Vaccination in Bombay 1924-1928 - 1924-1928
Year: 1924
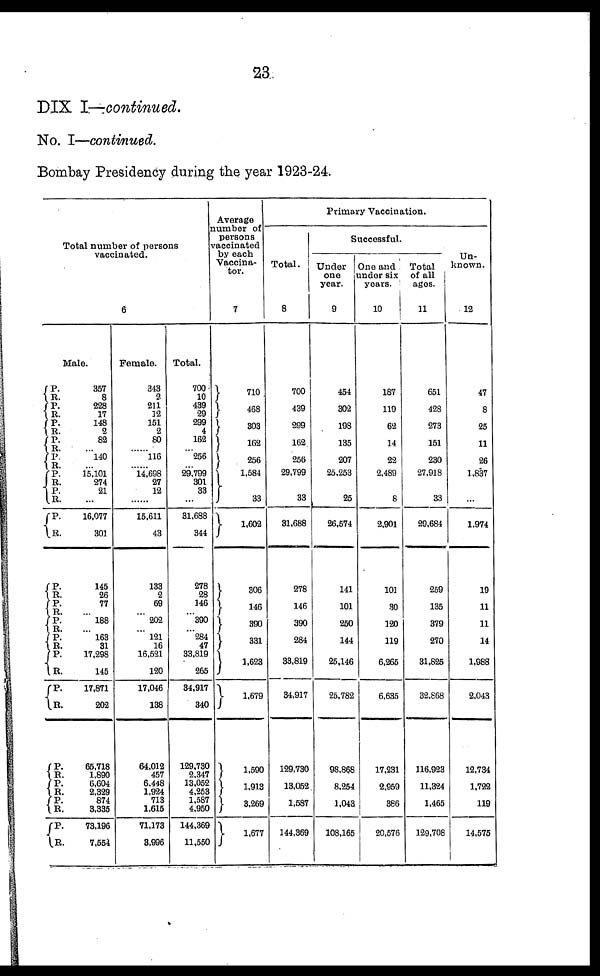
23
DIX I—continued.
No. I—continued.
Bombay Presidency during the year 1923-24.
Total number of persons
vaccinated.
6
Male.
P.
R.
P.
R.
P. R.
P.
R.
P. R.
P.
R.
P.
R.
P. R.
P.
R.
P.
R.
P.
R.
P.
R.
P. R.
P. R.
P.
R.
P.
R.
P.
R.
P.
R.
357
8
228
17
148
2
82
...
140
...
15,101
274
21
...
16,077
301
145
26
77
...
188
...
163
31
17,298
145
17,871
202
65,718
1,890
6,604
2,329
874
3,335
73,196
7,554
Female.
343
2
211
12
151
2
80
...
116
...
14,698
27
12
...
15,611
43
133
2
69
...
202
...
121
16
16,521
120
17,046
138
64,012
457
6,448
1,924
713
1,615
71,173
3,996
Total.
700
10
439
29
299
4
162
...
256
...
29,799
301
33
...
31,688
344
278
28
146
...
390
...
284
47
33,819
265
34,917
340
129,730
2,347
13,052
4,253
1,587
4,950
144,369
11,550
Average
number of
persons
vaccinated
by each
Vaccina-
tor.
7
710
468
303
162
256
1,584
33
1,602
306
146
390
331
1,623
1,679
1,590
1,913
3,269
1,677
Primary Vaccination.
Total.
8
700
439
299
162
256
29,799
33
31,688
278
146
390
284
33,819
34,917
129,730
13,052
1,587
144,369
Successful.
Under
one
year.
9
454
302
198
135
207
25,253
25
26,574
141
101
250
144
25,146
25,782
98,868
8,254
1,043
108,165
One and
under six
years.
10
187
119
62
14
22
2,489
8
2,901
101
30
120
119
6,265
6,635
17,231
2,959
386
20,576
Total
of all
ages.
11
651
428
273
151
230
27,918
33
29,684
259
135
379
270
31,825
32,868
116,923
11,324
1,465
129,708
Un-
known.
12
47
8
25
11
26
1,837
...
1,974
19
11
11
14
1,988
2,043
12,734
1,722
119
14,575